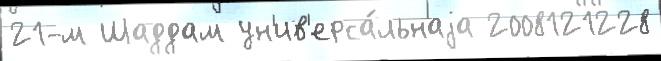
21-м Шаддам ун'ив'ерса́льнаjа 2008121228